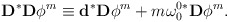
\begin{align*}\mathbf{D}^{\ast }\mathbf{D}\phi ^{m}\equiv \mathbf{d}^{\ast }\mathbf{D}\phi^{m}+m\mathbf{\omega }_{0}^{0\ast }\mathbf{D}\phi ^{m}.\end{align*}